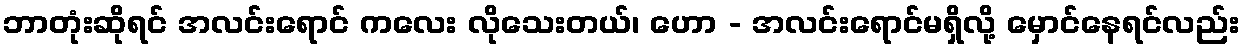
ဘာတုံးဆိုရင် အလင်းရောင် ကလေး လိုသေးတယ်၊ ဟော - အလင်းရောင်မရှိလို့ မှောင်နေရင်လည်း